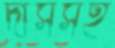
দাসসহ